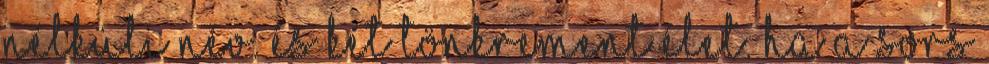
nélküli név. És két tönkrement élet. Ha a sors